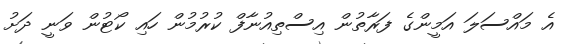
އެ މައްސަލަ އަމީންގެ ފަރާތުން އިސްތިއުނާފް ކުރުމުން ހައި ކޯޓުން ވަނީ ދަށު